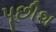
પૂછીશ